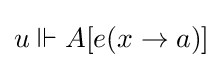
u\Vdash A[e(x\to a)]